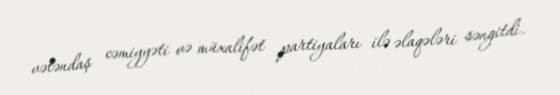
vətəndaş cəmiyyəti və müxalifət partiyaları ilə əlaqələri səngitdi.